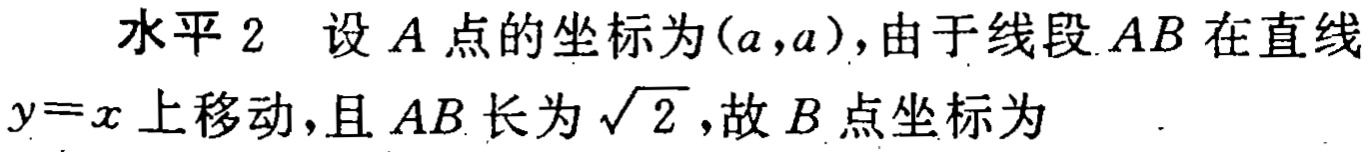
水平 2 设 \(A\) 点的坐标为 \((a,a)\)，由于线段 \(AB\) 在直线 \(y = x\) 上移动，且 \(AB\) 长为 \(\sqrt{2}\)，故 \(B\) 点坐标为  ．